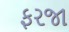
ફરજા